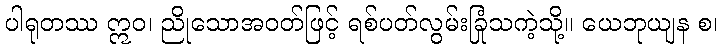
ပါရုတဿ ဣဝ၊ ညိုသောအဝတ်ဖြင့် ရစ်ပတ်လွမ်းခြုံသကဲ့သို့။ ယေဘုယျန စ၊